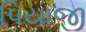
પિયાજી